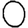
Digit: 0